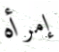
إمرأه